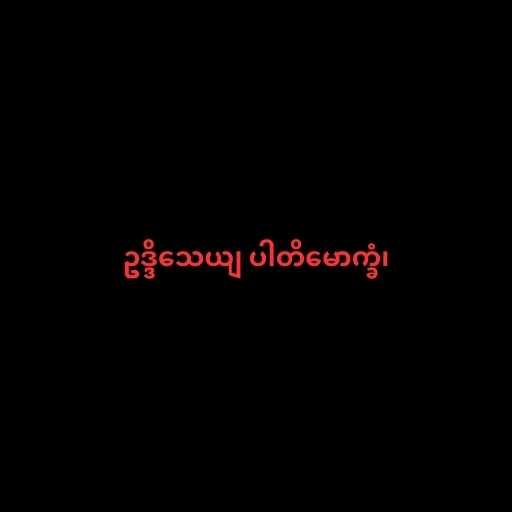
ဥဒ္ဒိသေယျ ပါတိမောက္ခံ၊